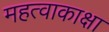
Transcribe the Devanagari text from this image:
महत्वाकाक्षा